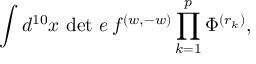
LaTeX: { \int d ^ { 1 0 } x \, \operatorname * { d e t } \, e \, f ^ { ( w , - w ) } \prod _ { k = 1 } ^ { p } \Phi ^ { ( r _ { k } ) } , }